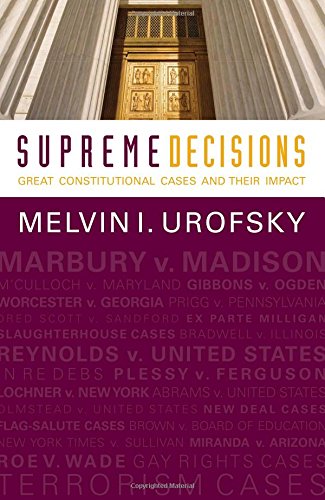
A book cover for Supreme Decisions, Combined Volume: Great Constitutional Cases and Their Impact; Melvin I. Urofsky; Law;